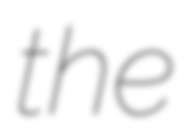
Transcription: the